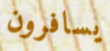
يسافرون